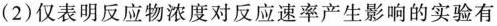
(2)仅表明反应物浓度对反应速率产生影响的实验有